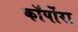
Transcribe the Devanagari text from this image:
कॉर्पोरा